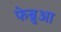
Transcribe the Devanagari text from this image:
फेब्रुआ